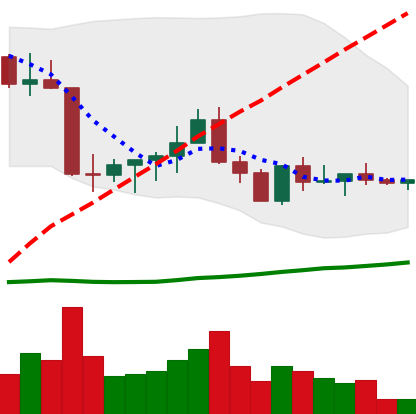
Ticker: ETC-USD
Chart end date: 2022-09-04
Forward return: 20.902%
Label: up_7plus